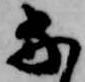
な